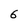
Character: 6